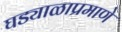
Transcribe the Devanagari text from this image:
घड्याळाप्रमाणे